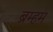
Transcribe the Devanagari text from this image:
ब्रम्हम